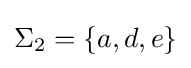
\Sigma _{2}=\{a,d,e\}